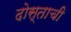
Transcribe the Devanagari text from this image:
दोस्ताची